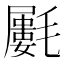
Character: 𣰝